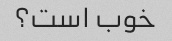
خوب است؟